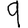
Digit: 9